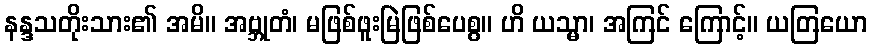
နန္ဒသတိုးသား၏ အမိ။ အဗ္ဘုတံ၊ မဖြစ်ဖူးမြဲဖြစ်ပေစွ။ ဟိ ယသ္မာ၊ အကြင် ကြောင့်။ ယတြယော